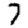
Digit: 7